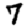
Digit: 7